Bréfritari: Lárus Bjarnason
Dagsetning: A-1875-06-05
Skrifað á: Vesturheimi

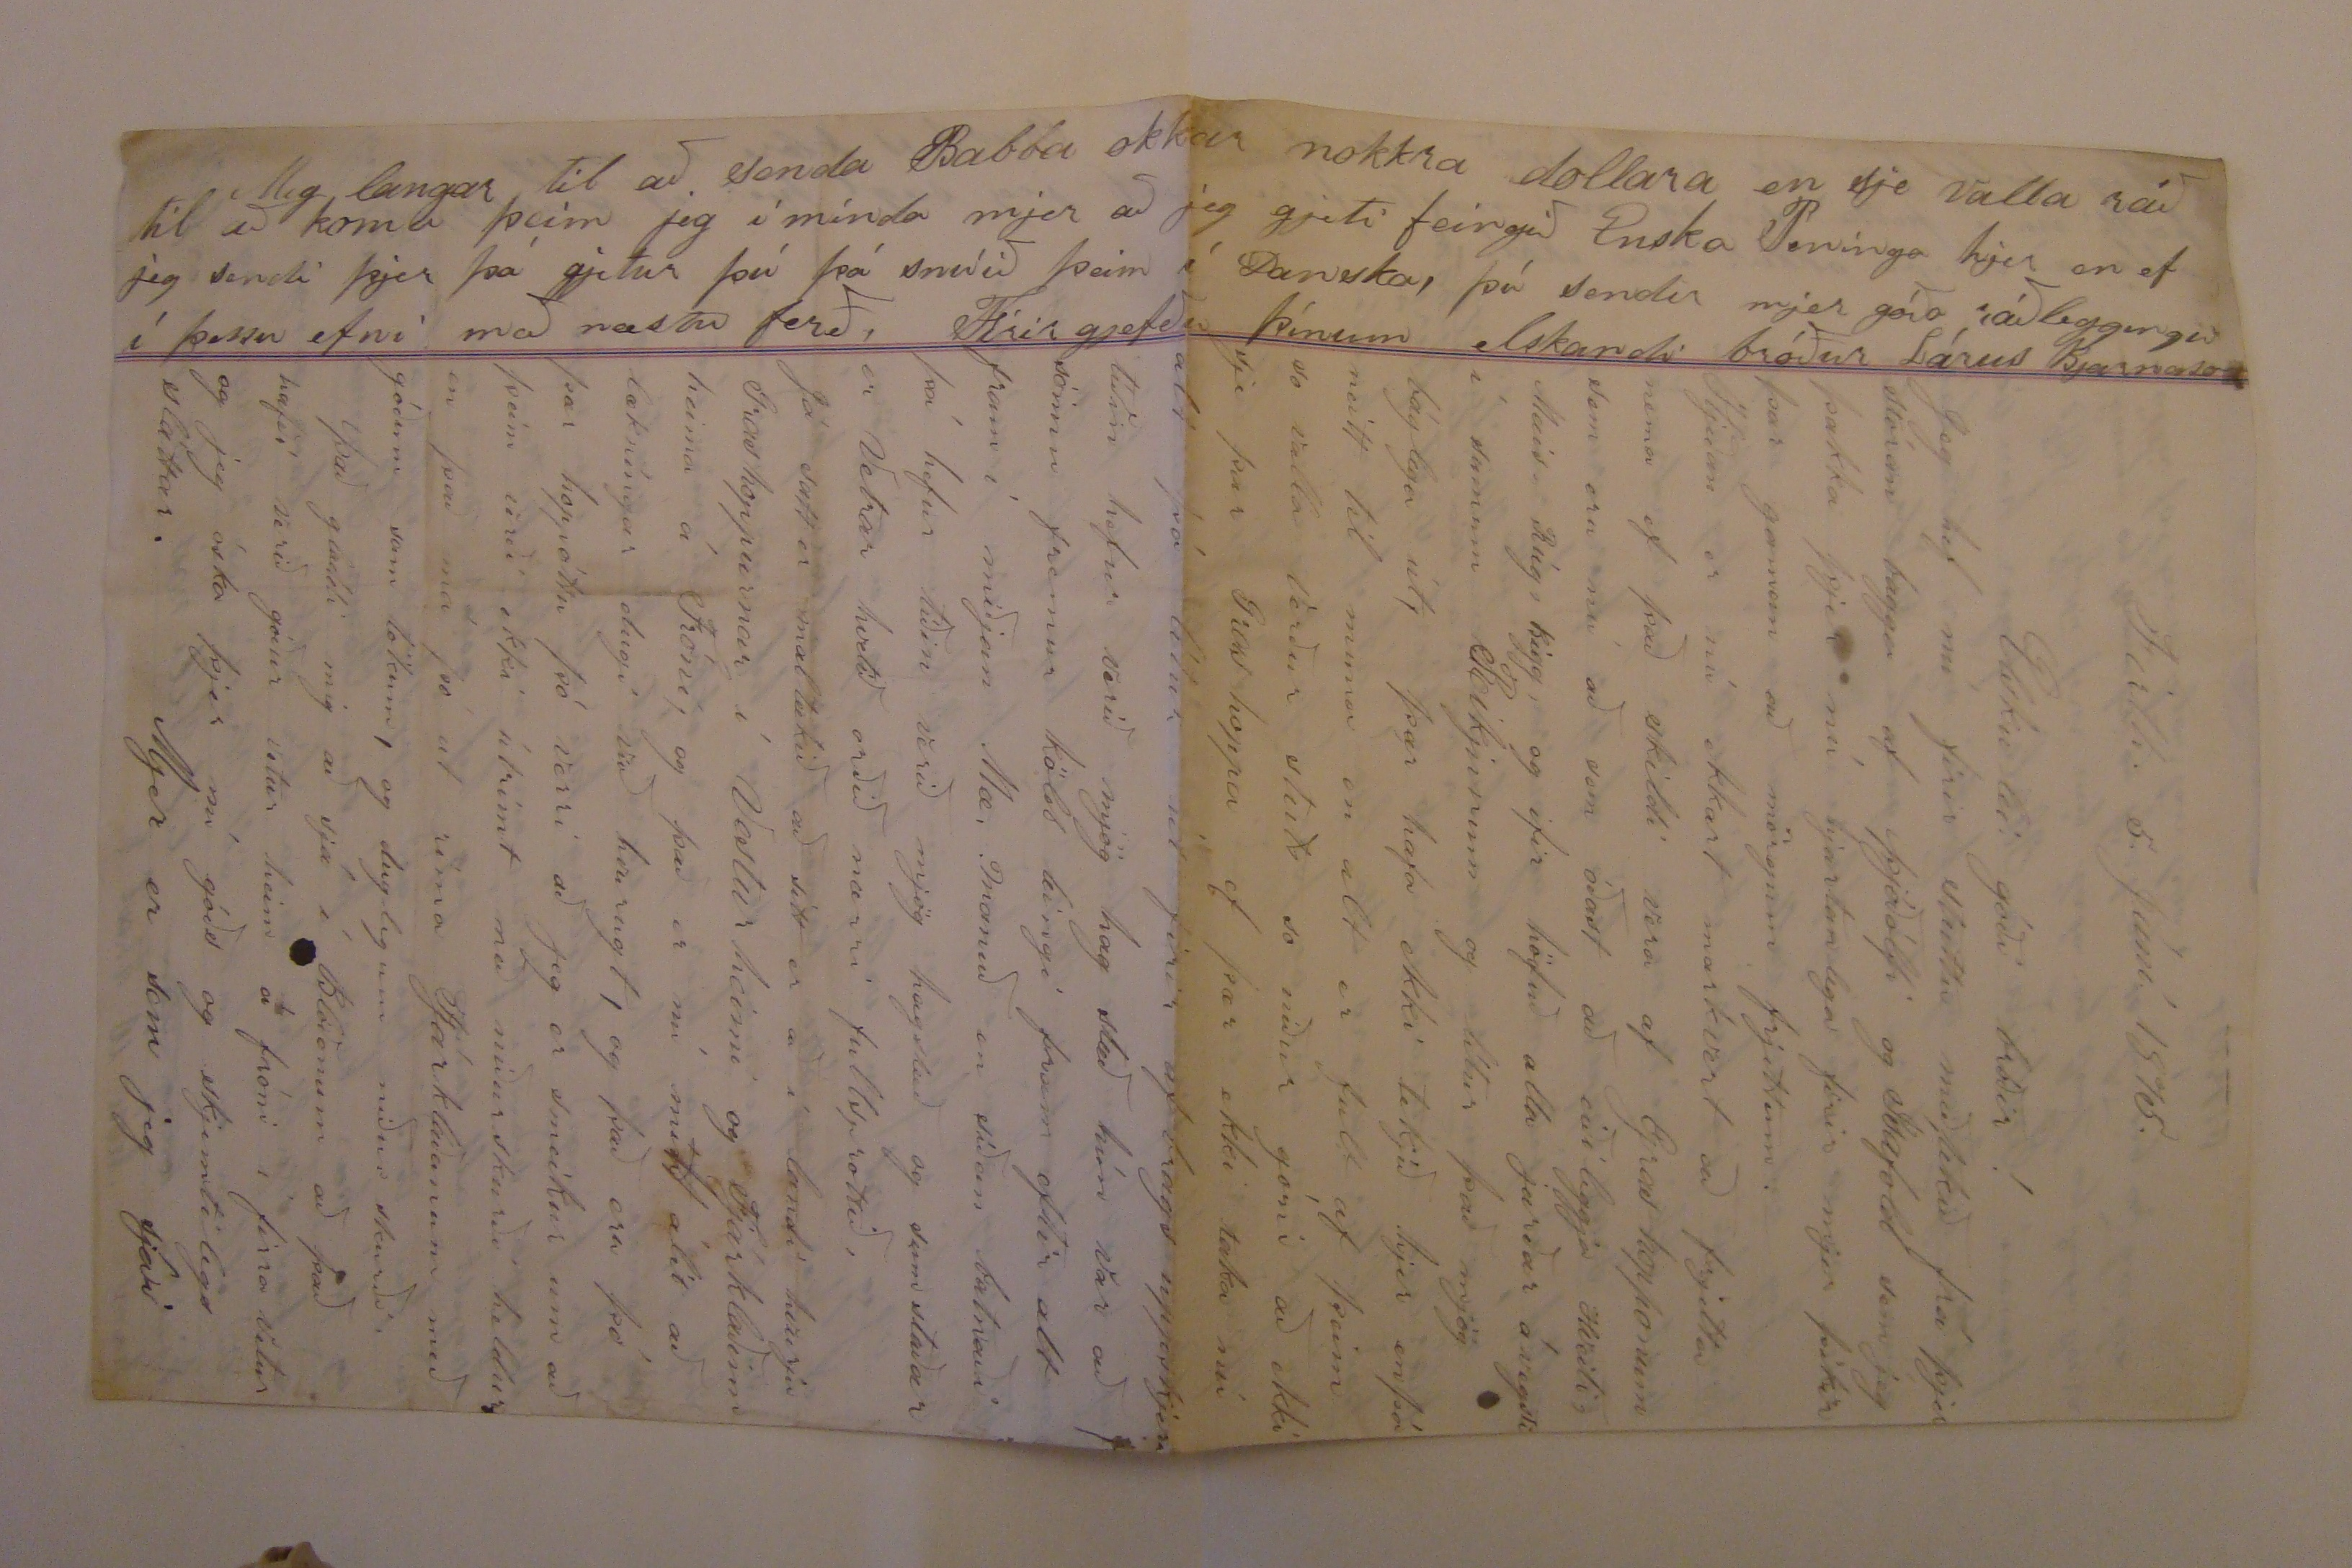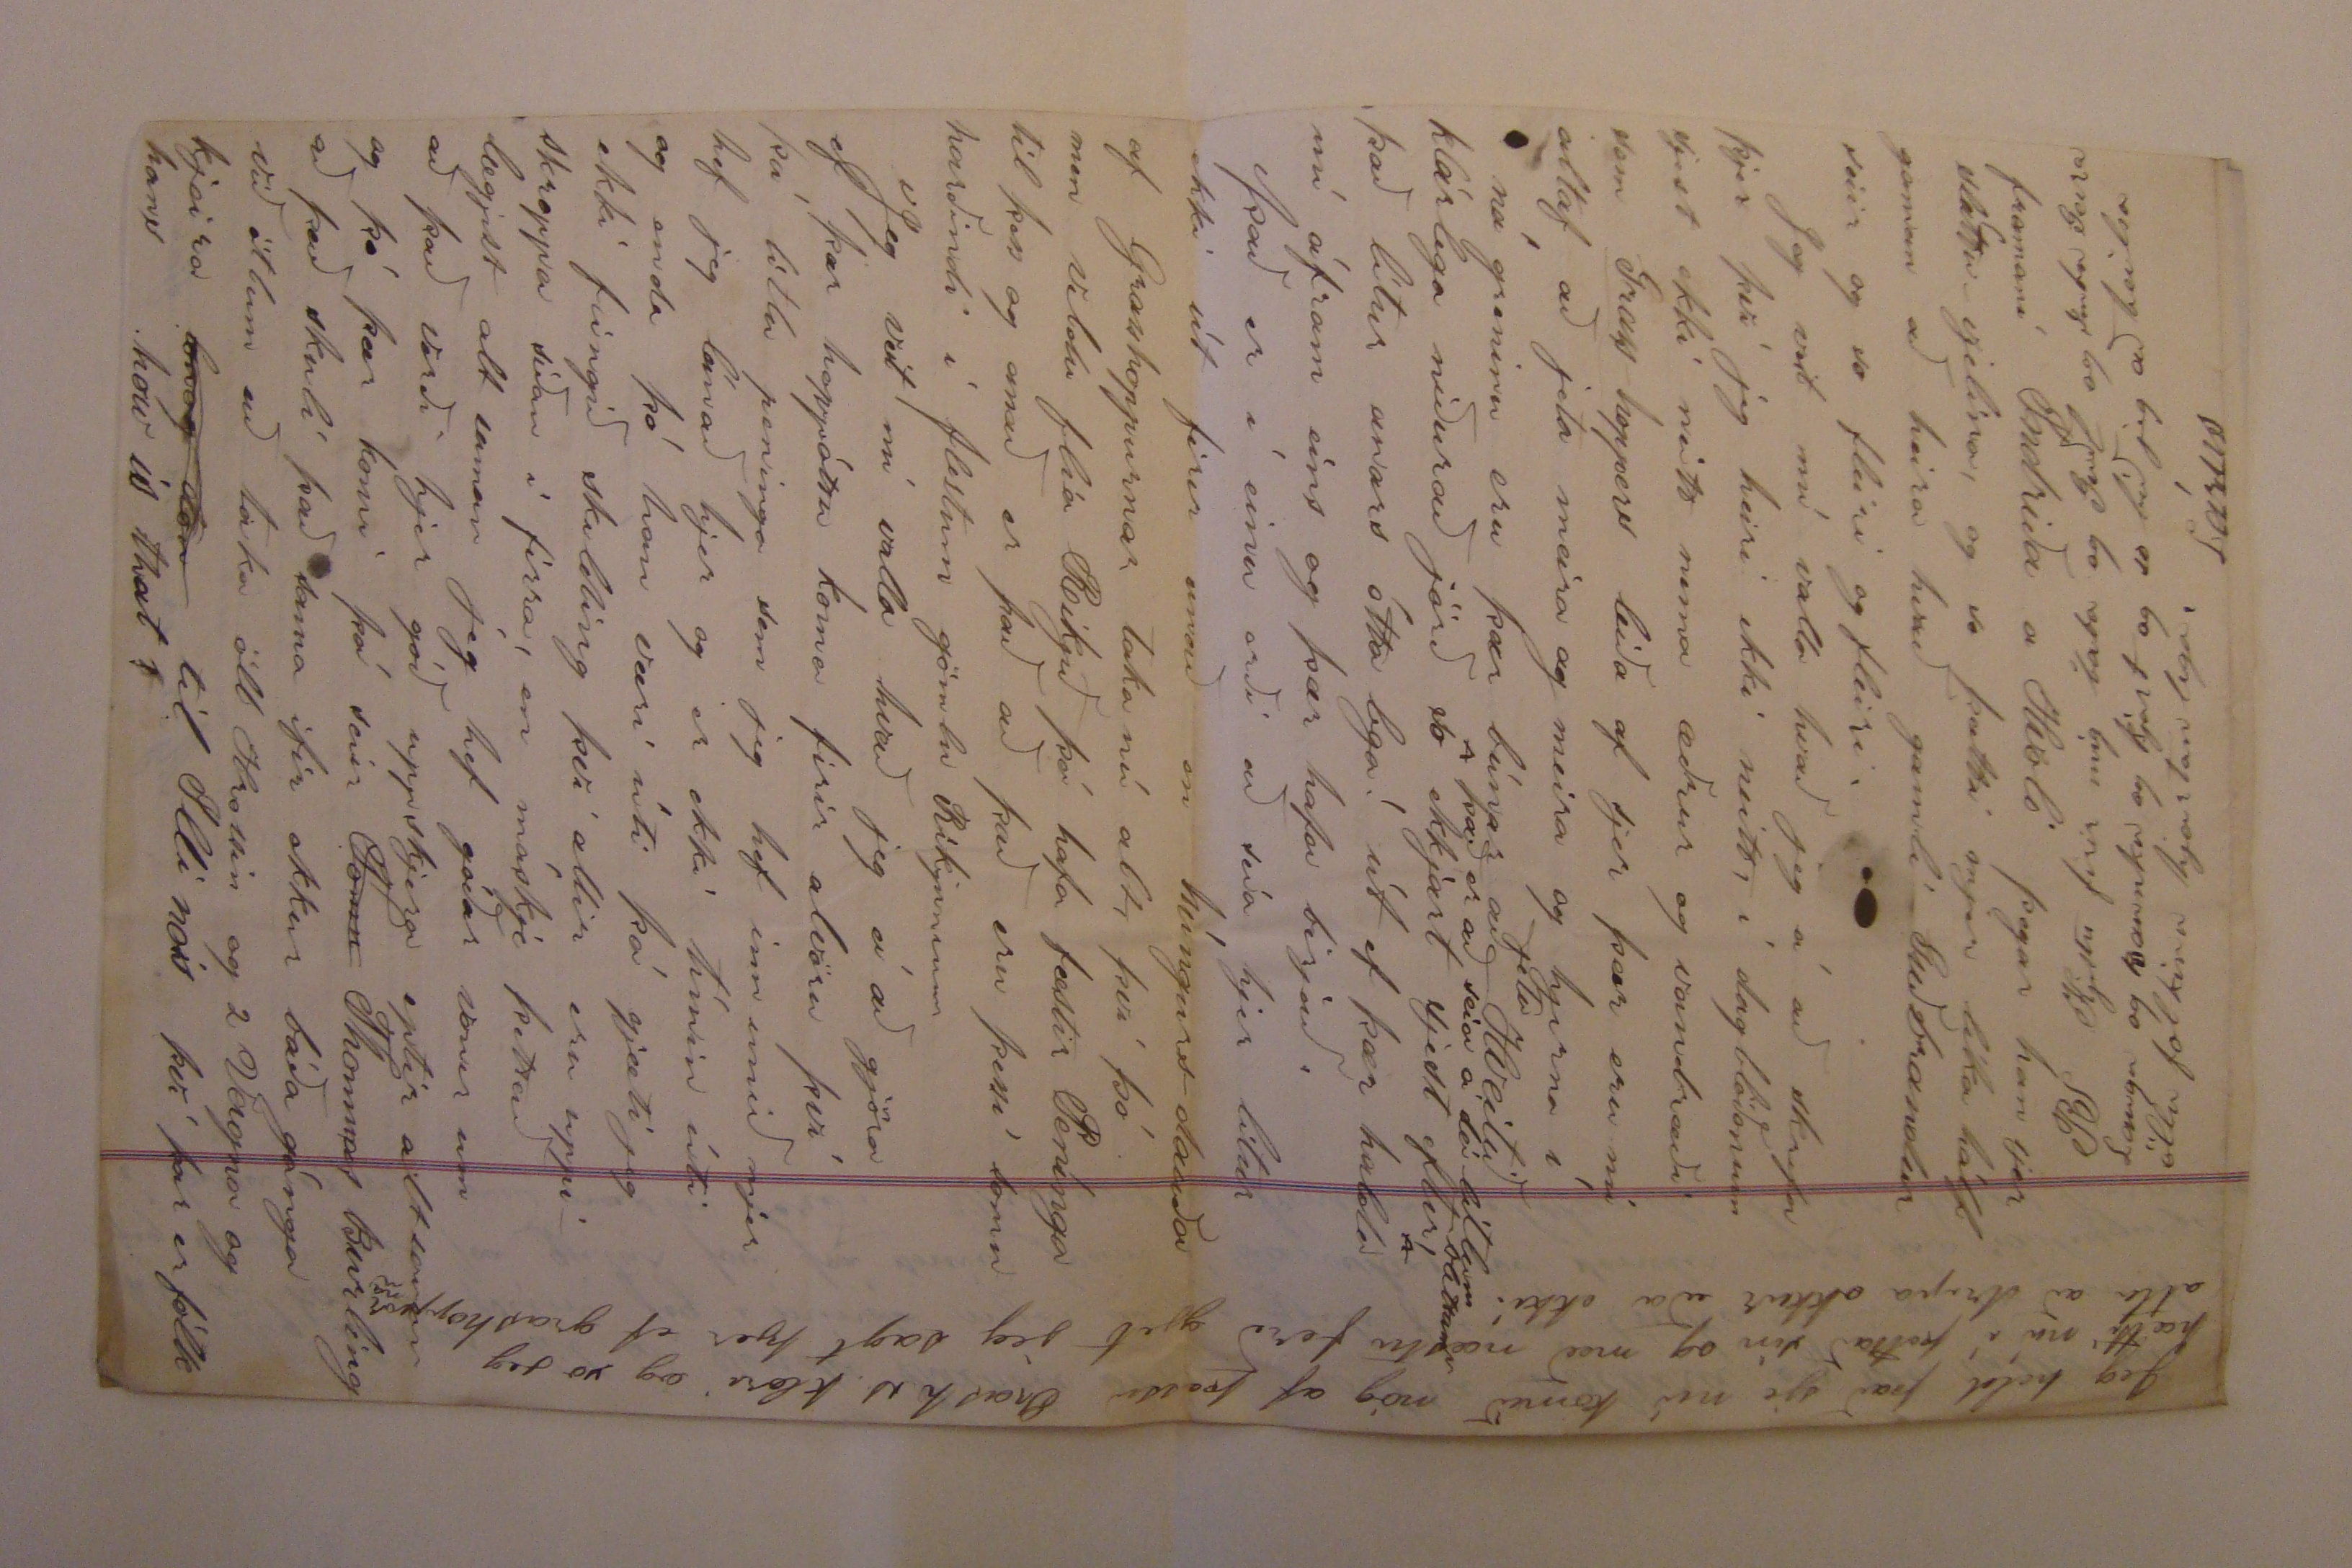

Mig langar að senda Babba okkar nokkra dollara en sje valla ráð til að koma þeim jeg íminda mjer að jeg gjeti feingið Enska Peninga hjer en ef jeg sendi þjer þá gjetur þú þá snúið þeim í Danska, þú sendir mjer góða ráðleggingu í þessu efni með næstu ferð. Firirgjefðu þínum elskanski bróður Lárus Bjarnason
Elskuleii góði bróðir!
Jeg hef nú firir stuttu meðtekið frá þjer stóran bagga af þjóðólfi og Ísafold sem jeg þakka þjer nú hjartanlega firir mjer þikir þar gaman að mörgum frjettum.
Hjeðan er nú ekkert markvert að frjetta nema ef það skildi vera af Grashopponum sem eru nú að sem óðast að eiðileggja Hveiti, Mais, Rúg, Bigg, og ifir höfuð alla jarðar ávegsti í sumum Rikjunum og lítur það mjög báglega út, þær hafa ekki tekjið hjer enþá neitt til muna en alt er fult af þeim so valla verður
stutt
so niður
góni
að ekki sje þar Grashoppa ef þær ekki taka nú alt þá lítur út firir afbrags uppskjeru tíðin hefur verið mjög hag stæð hún var að sömu fremur köld leingi fram eftir alt fram í miðjan Mæ manuð en síðan batnaði þá hefur tíðin verið mjög hagstæð og sumstaðar er Vetrar hvetið orðið nærri fullsprottið.
Já satt er maltækið að sitt er að í landi hvurju GRashoppurnar í Vesturheimi og Fjárklaðinn heima á Fróni, og það er nú mitt álit að lækningar dugi við hvurugt, og það eru þó þær hoppóttu þó að jeg er smeikur um að þeim verði ekki útrímt með niðurskurði heldur en það má þó ut ríma Fjárklaðanum með góðum sam tökum, og duglegum niðurskurði.
Það gladdi mig að sjá í Blöðonum að það hafði verið góður vetur heim á fróni í firra vetur og jeg óska þjer nú góðs og skjemtilegs slattar. Mjer er sem jeg sjái
framaní Indriða á Hvoli þegar han sjer sláttur-vjelina, og so þætti mjer líka hálf gaman að heira hvað gamli Guðbrandur seiir og so fleiri og fleiri.
Jeg veit nú valla hvað jeg á að skrifa þjer því jeg heiri ekki neitt, í dagblöðonum sjest ekki neitt nema æðrur og vandræði sem
Grass-hoppers
leiða af sjer þær eru nú altaf að jeta meira og meira og hjerna í nágreninu eru þær búnar að
jeta
Hveitið klárlega niðurað jörð so ekkjert sjest eftir,
það er að seia á dá litlum blettum
það lítur anars ótta lega! út ef þær halda nú áfram eins og þær hafa birjað.
Það er í einu orði að seia hjer lítur ekki út firir anað en húngursdauða af Grasshoppurnar taka nú alt, því þó men vildu flía Ríkjið þá hafa fæstir Penínga til þess og anað er það að það eru þessi somu harðindi í flestum gömlu Ríkjunum
Jeg veit nú valla hvað jeg á að gjöra ef þær hoppóttu koma firir alvöru því þá litlu peninga sem jeg hef inn unið mjer hef jeg lánað hjer og er ekki tímin úti og enda þó han væri úti þá gjæti jeg ekki feingið skilding því allir eru uppi skroppa síðan í firra, en máskje þettað lægjist alt saman jeg hef góðar vonir að það verði hjer góð uppskjera eptir alt saman og þó þær komi þá seiir
Tomn
Thommas
Burling að það skuli það sama ifir okkur báða gánga við ötlum að taka öll Hrossin og 2 vagna og kjeira
0000 000
til Illinois því þar er fólk hans how is that?
Jeg held að það sje nú komið nóg af þessu 00000 klori og so jeg hætti nú í þettað sin og með næstu ferð gjet jeg sagt þjer ef grashoppur atla að drepa okkur eða ekki.
PS Kjistu firir mig baba og Guðl og Imbu Geira Laugu og Raunku og Bjart og so bið jeg að heilsa öllu folkinu hjartanlega. Lárus